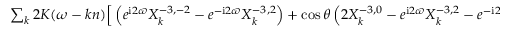
\begin{array} { r l r } { \left\langle \frac { I _ { 1 3 } } { 2 } \sin \theta \cos \theta \, \frac { 1 - \cos 2 w } { r ^ { 3 } } \right\rangle _ { M } = \frac { m _ { 0 } R ^ { 5 } } { 3 2 \mathrm { i } a ^ { 6 } } \sin ^ { 2 } \theta \cos \theta } & { { } } & { } \\ { \sum _ { k } 2 K ( \omega - k n ) \Big [ \left( e ^ { \mathrm { i } 2 \varpi } X _ { k } ^ { - 3 , - 2 } - e ^ { - \mathrm { i } 2 \varpi } X _ { k } ^ { - 3 , 2 } \right) + \cos \theta \left( 2 X _ { k } ^ { - 3 , 0 } - e ^ { \mathrm { i } 2 \varpi } X _ { k } ^ { - 3 , 2 } - e ^ { - \mathrm { i } 2 \varpi } X _ { k } ^ { - 3 , - 2 } \right) \Big ] \left( 2 X _ { - k } ^ { - 3 , 0 } - e ^ { \mathrm { i } 2 \varpi } X _ { - k } ^ { - 3 , 2 } - e ^ { - \mathrm { i } 2 \varpi } X _ { - k } ^ { - 3 , - 2 } \right) } \end{array}